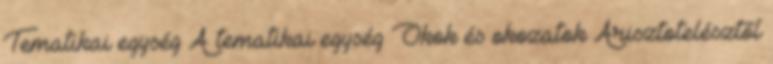
Tematikai egység A tematikai egység Okok és okozatok Arisztotelésztől